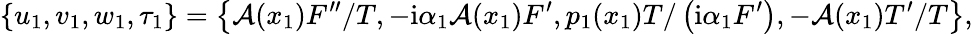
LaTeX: \left\lbrace u_{1},v_{1},w_{1},\tau_{1}\right\rbrace=\left\lbrace\mathcal{A}(x_{1})F^{\prime\prime}/T,-\mathrm{i}\alpha_{1}\mathcal{A}(x_{1})F^{\prime},p_{1}(x_{1})T/\left(\mathrm{i}\alpha_{1}F^{\prime}\right),-\mathcal{A}(x_{1})T^{\prime}/T\right\rbrace,